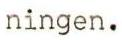
ningen.